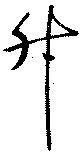
升